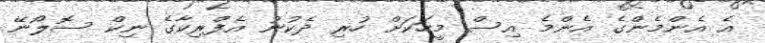
އެ އެންމެންގެ އެންމެ އިސް މީހަކަށް ހުރި ދެކުނު އެފްރިކާގެ ނިކް ސޮލޯނޭ